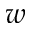
w